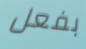
بفعل